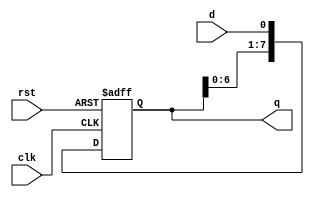
module ShiftRegister #(parameter WIDTH = 8) (
    input wire clk,         // Clock input
    input wire rst,         // Asynchronous reset
    input wire d,           // Data input (for SISO)
    output reg [WIDTH-1:0] q // Data output
);

// Shift Register logic
always @(posedge clk or posedge rst) begin
    if (rst) begin
        q <= {WIDTH{1'b0}}; // Clear the register to 0
    end else begin
        q <= {q[WIDTH-2:0], d}; // Shift left and input new data
    end
end

endmodule